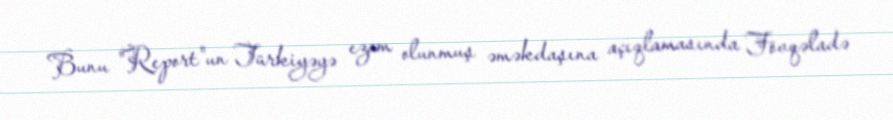
Bunu "Report"un Türkiyəyə ezam olunmuş əməkdaşına açıqlamasında Fövqəladə